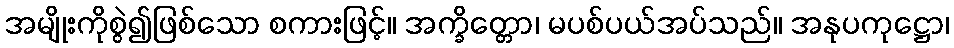
အမျိုးကိုစွဲ၍ဖြစ်သော စကားဖြင့်။ အက္ခိတ္တော၊ မပစ်ပယ်အပ်သည်။ အနုပကုဋ္ဌော၊